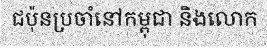
ជប៉ុនប្រចាំនៅកម្ពុជា និងលោក